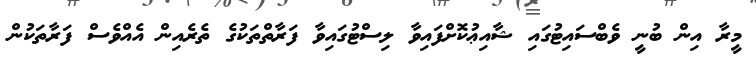
މީރާ އިން ބުނީ ވެބްސައިޓުގައި ޝާއިޢުކޮށްފައިވާ ލިސްޓުގައިވާ ފަރާތްތަކުގެ ތެރެއިން އެއްވެސް ފަރާތަކުން